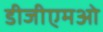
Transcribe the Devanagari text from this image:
डीजीएमओ